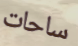
ساحات